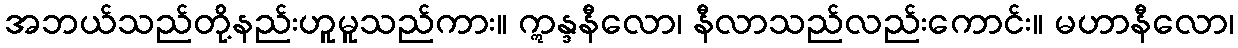
အဘယ်သည်တို့နည်းဟူမူသည်ကား။ ဣန္ဒနီလော၊ နီလာသည်လည်းကောင်း။ မဟာနီလော၊